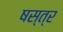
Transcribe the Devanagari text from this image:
षस्त्र